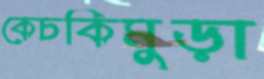
কেচকিমুড়া